Mental hospitals Bombay report 1929-33 - 1929-1933
Year: 1929
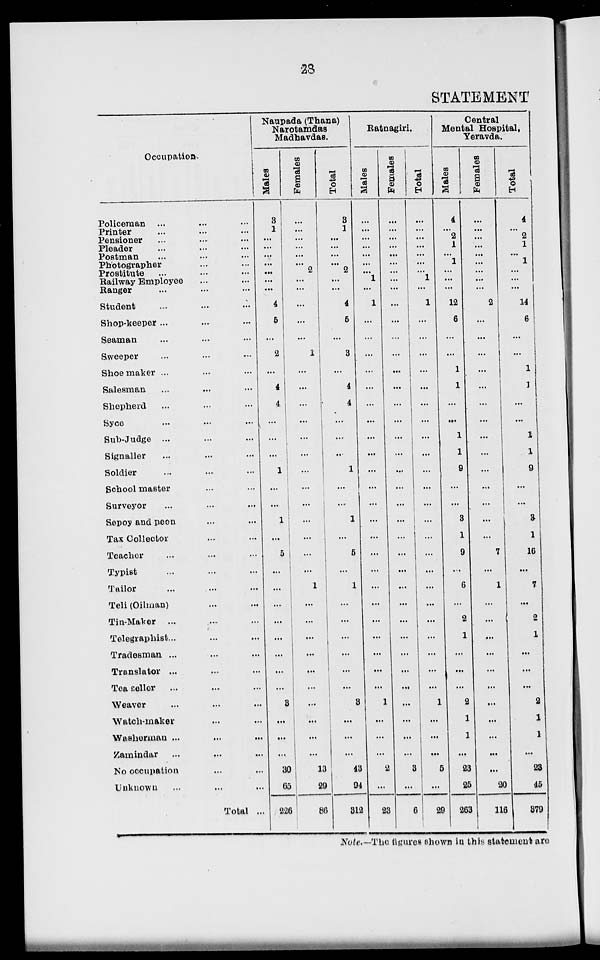
28
STATEMENT
Occupation
Policeman ... ... ...
Printer ... ... ...
Pensioner ... ... ...
Pleader ... ... ...
Postman ... ... ...
Photographer ... ...
Prostitute ... ... ...
Railway Employee ... ...
Ranger ... ... ...
Student ... ... ...
Shop-keeper... ... ...
Seaman ... ... ...
Sweeper ... ... ...
Shoemaker ... ... ...
Salesman ... ... ...
Shepherd ... ... ...
Syce ... ... ...
Sub-Judge ... ... ...
Signaller ... ... ...
Soldier ... ... ...
School master ... ... ...
Surveyor ... ... ...
Sepoy and peon ... ...
Tax Collector ... ...
Teacher ... ... ...
Typist ... ... ...
Tailor ... ... ...
Teli (Oilman) ... ...
Tin-Maker ... ... ...
Telegraphist ... ... ...
Tradesman ... ... ...
Translator ... ... ...
Tea seller ... ... ...
Weaver ... ... ...
Watch-maker ... ... ...
Washerman ... ... ...
Zamindar ... ... ...
No occupation ... ...
Unknown ... ... ...
Total ...
Naupada (Thana)
Narotamdas
Madhavdas.
Males
3
1
...
...
...
...
...
...
...
4
5
...
2
...
4
4
...
...
...
1
...
...
1
...
5
...
...
...
...
...
...
...
...
8
...
...
...
30
65
226
Females
...
...
...
...
...
...
2
...
...
...
...
...
1
...
...
...
...
...
...
...
...
...
...
...
...
...
1
...
...
...
...
...
...
...
...
...
...
13
29
86
Total
3
1
...
...
...
...
2
...
...
4
5
...
3
...
4
4
...
...
...
1
...
...
1
...
5
...
1
...
...
...
...
...
...
8
...
...
...
43
94
312
Ratnagiri.
Males
...
...
...
...
...
...
1
...
1
...
...
...
...
...
...
...
...
...
...
...
...
...
...
...
...
...
...
...
...
...
...
1
...
...
...
2
...
23
Females
...
...
...
...
...
...
...
...
...
...
...
...
...
...
...
...
...
...
...
...
...
...
...
...
...
...
...
...
...
...
...
...
...
...
...
...
3
...
6
Total
...
...
...
...
...
...
...
1
...
1
...
...
...
...
...
...
...
...
...
...
...
...
...
...
...
...
...
...
...
...
...
...
...
1
...
...
...
5
...
29
Central
Mental Hospital,
Yeravda.
Males
4
...
2
1
...
1
...
...
...
12
6
...
...
1
1
...
...
1
1
9
...
...
3
1
9
...
6
...
2
1
...
...
...
2
1
1
...
23
25
263
Females
...
...
...
...
...
...
...
...
...
2
...
...
...
...
...
...
...
...
...
...
...
...
...
...
7
...
1
...
...
...
...
...
...
...
...
...
...
...
20
116
Total
4
...
2
1
...
1
...
...
...
14
6
...
...
1
1
...
...
1
1
9
...
...
3
1
16
...
7
...
2
1
...
...
...
2
1
1
...
23
45
379
Note.—The figures shown in this statement are